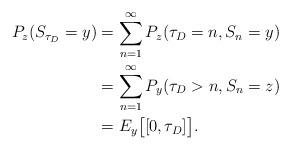
LaTeX: \begin{align*}P_z(S_{\tau_D}=y)&=\sum_{n=1}^\infty P_z(\tau_D=n, S_{n}=y)\\&=\sum_{n=1}^\infty P_y(\tau_D>n, S_{n}=z)\\&=E_y\big[[0,\tau_D]\big]. \end{align*}